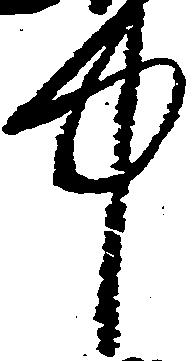
中